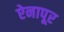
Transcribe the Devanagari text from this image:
ऐनापूर